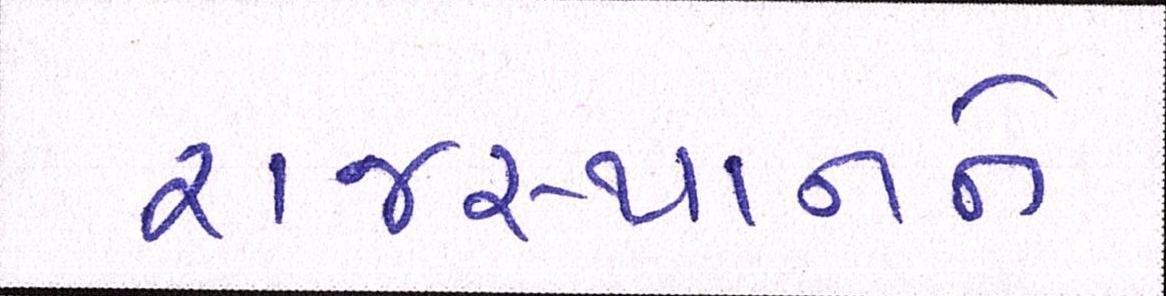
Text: રાજસ્થાનને